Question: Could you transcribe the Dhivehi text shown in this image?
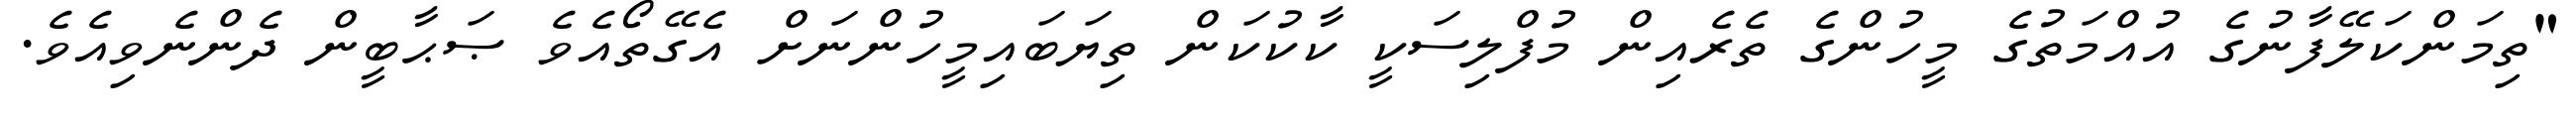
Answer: "ތިމަންކަލޭފާނުގެ އުއްމަތުގެ މީހުންގެ ތެރެއިން މުފްލިސަކީ ކާކުކަން ތިޔަބައިމީހުންނަށް އެގޭތޯއެވެ ޞަޙާބީން ދެންނެވިއެވެ.